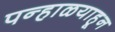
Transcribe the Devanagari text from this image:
पन्हाळयाहून